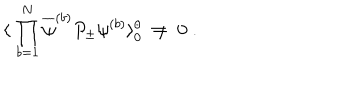
\langle \; \prod _ { b = 1 } ^ { N } \overline { { { \psi } } } ^ { ( b ) } P _ { \pm } \psi ^ { ( b ) } \rangle _ { 0 } ^ { \theta } \; \neq \; 0 \; .